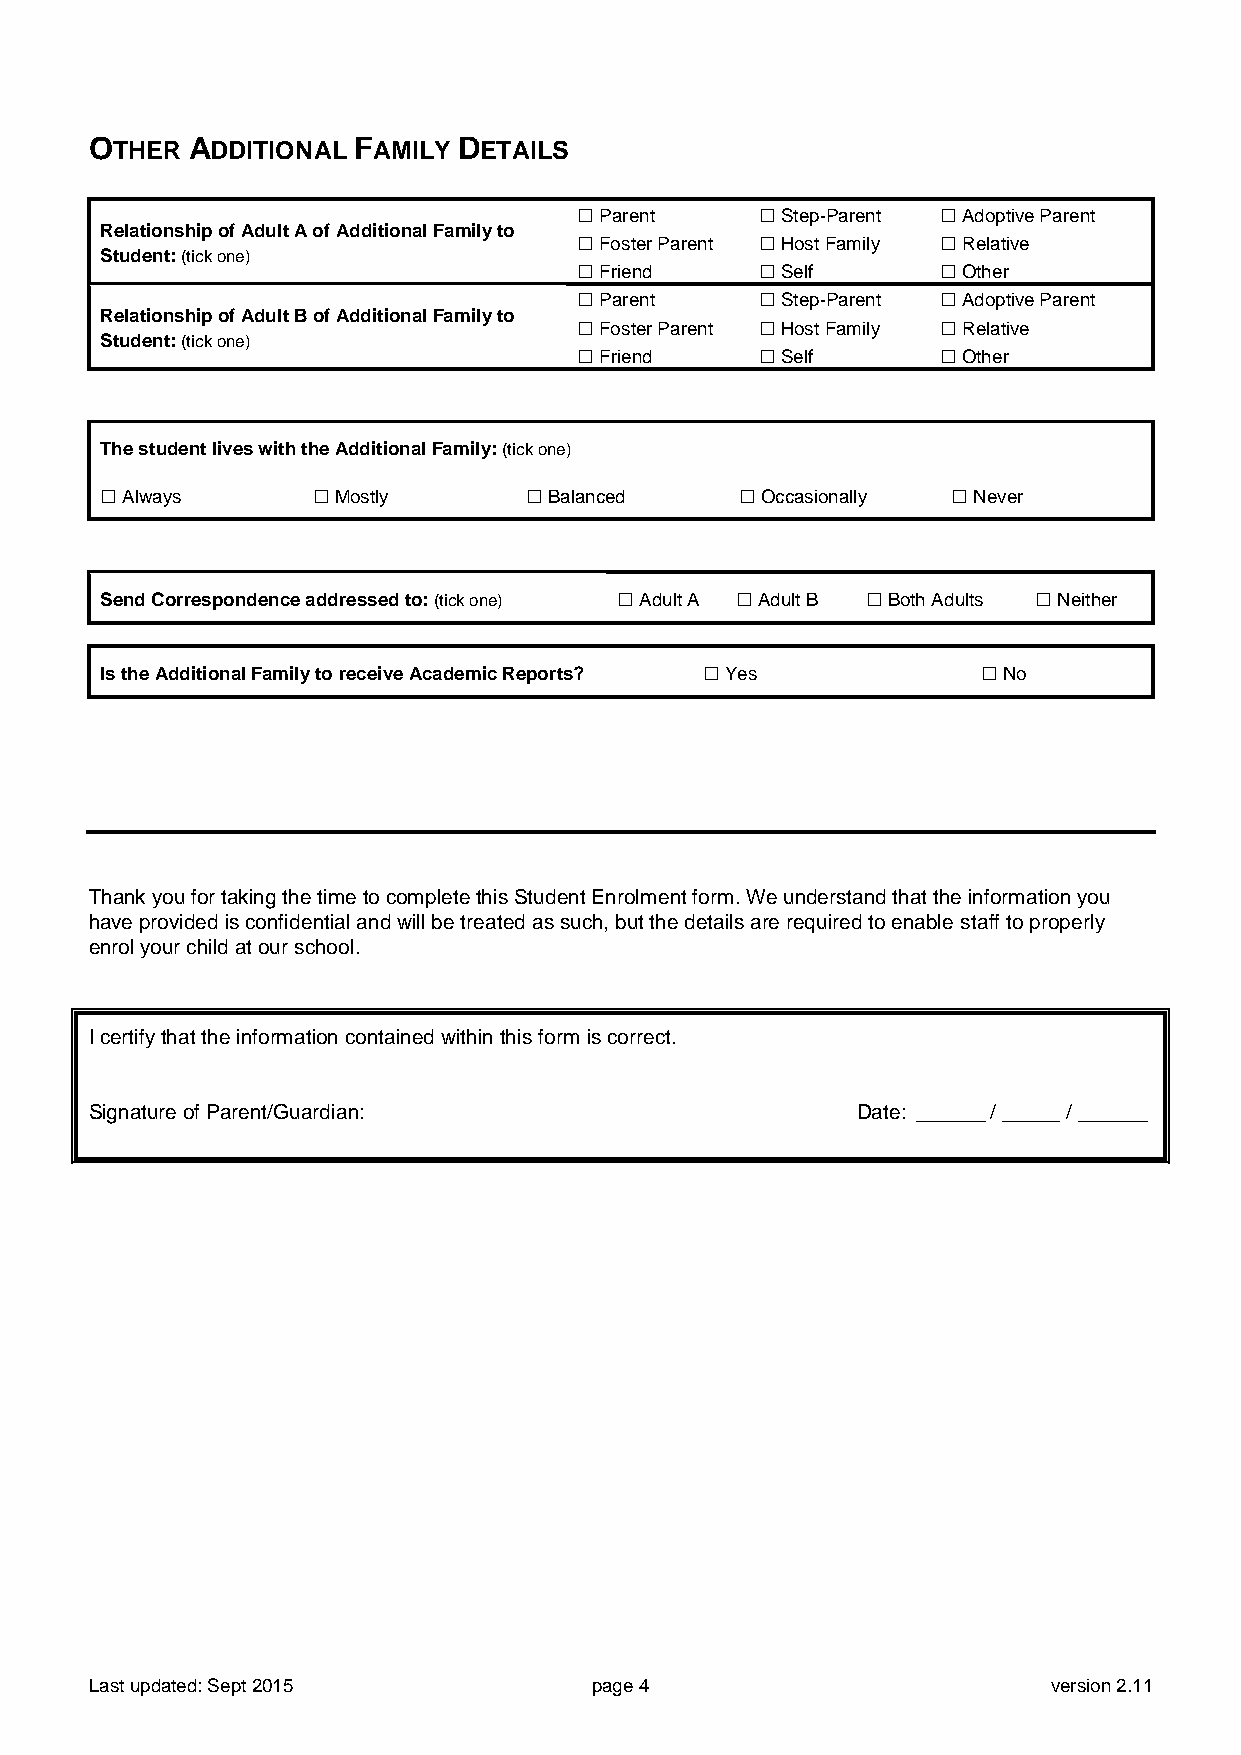
OTHER ADDITIONAL FAMILY DETAILS
  Parent     Step-Parent  Adoptive Parent
 Relationship of Adult A of Additional Family to
  Foster Parent  Host Family  Relative
 Student: (tick one)
  Friend     Self       Other
  Parent     Step-Parent  Adoptive Parent
 Relationship of Adult B of Additional Family to
  Foster Parent  Host Family  Relative
 Student: (tick one)
  Friend     Self       Other
 The student lives with the Additional Family: (tick one)
  Always       Mostly       Balanced     Occasionally  Never
 Send Correspondence addressed to: (tick one)  Adult A  Adult B  Both Adults  Neither
 Is the Additional Family to receive Academic Reports?  Yes  No
 Thank you for taking the time to complete this Student Enrolment form. We understand that the information you
 have provided is confidential and will be treated as such, but the details are required to enable staff to properly
 enrol your child at our school.
 I certify that the information contained within this form is correct.
 Signature of Parent/Guardian:                      Date: ______ / _____ / ______
 Last updated: Sept 2015          page 4                         version 2.11